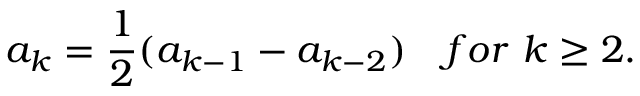
a _ { k } = { \frac { 1 } { 2 } } ( a _ { k - 1 } - a _ { k - 2 } ) \quad f o r \ k \geq 2 .